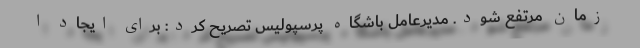
زمان مرتفع شود. مدیرعامل باشگاه پرسپولیس تصریح کرد:‌ برای ایجاد ا